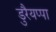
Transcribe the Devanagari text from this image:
डुरैयप्पा